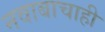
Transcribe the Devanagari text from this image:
नवाबाचाही